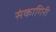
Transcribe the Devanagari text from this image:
संकागिरी